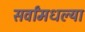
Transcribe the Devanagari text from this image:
सर्वांमधल्या